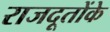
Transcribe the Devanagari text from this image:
राजदूतोंके